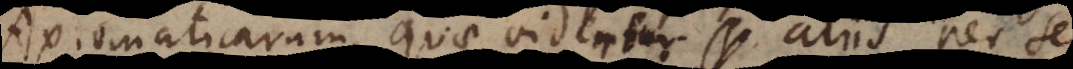
xiomaticarum, quae videntur aliis per se